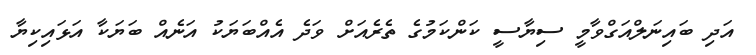
އަދި ބައިނަލްއަގްވާމީ ސިޔާސީ ކަންކަމުގެ ތެރެއަށް ވަދެ އެއްބަޔަކު އަނެއް ބަޔަކާ އަޅައިކިޔާ